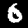
Digit: 6